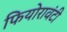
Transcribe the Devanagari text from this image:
फियोरावंटी